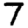
Digit: 7